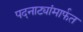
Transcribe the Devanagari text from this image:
पदनाट्यांमार्फत